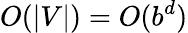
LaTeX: O(|V|)=O(b^{d})